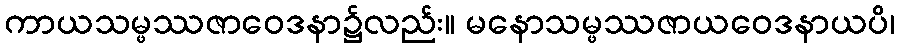
ကာယသမ္ဖဿဇာဝေဒနာ၌လည်း။ မနောသမ္ဖဿဇာယဝေဒနာယပိ၊